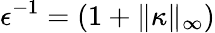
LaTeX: \epsilon^{-1}=(1+\| \kappa\| _{\infty})